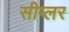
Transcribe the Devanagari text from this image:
सीग्लर